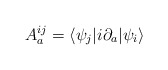
\begin{align*}A^{ij}_a = \langle\psi_j|i\partial_a|\psi_i\rangle\end{align*}